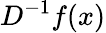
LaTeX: D^{-1}f(x)